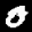
Label: 0